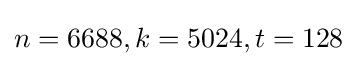
n=6688,k=5024,t=128